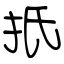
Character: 扺